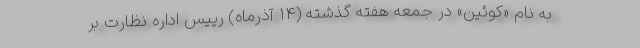
به نام «کوئین» در جمعه هفته گذشته (۱۴ آذرماه) رییس اداره نظارت بر